Scottish Certificate of Education, 1962
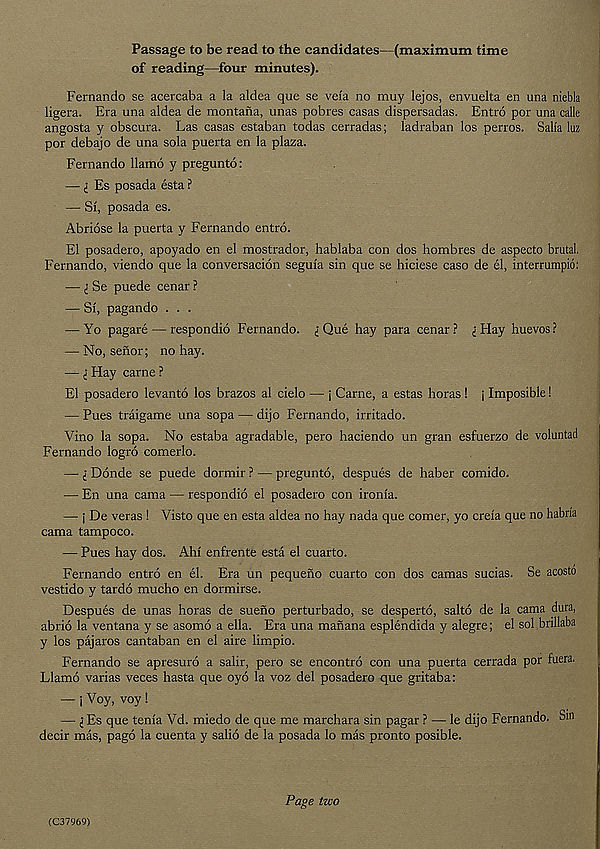
Passage to be read to the candidates—(maximum time
of reading—four minutes).
Fernando se acercaba a la aldea que se vela no muy lejos, envuelta en una niebla
ligera. Era una aldea de montana, unas pobres casas dispersadas. Entro por una calle
angosta y obscura. Las casas estaban todas cerradas; ladraban los perros. Salla luz
por debajo de una sola puerta en la plaza.
Fernando llamo y pregunto:
— Es posada esta ?
— Si, posada es.
Abriose la puerta y Fernando entro.
El posadero, apoyado en el mostrador, hablaba con dos hombres de aspecto brutal.
Fernando, viendo que la conversacion seguia sin que se hiciese caso de el, interrumpio:
— I Se puede cenar ?
— Si, pagando . . .
— Yo pagare — respondio Fernando, l Que hay para cenar? i Flay huevos?
— No, serior; no hay.
— Flay carne ?
El posadero levanto los brazos al cielo — j Carne, a estas horas ! j Imposible!
— Pues traigame una sopa — dijo Fernando, irritado.
Vino la sopa. No estaba agradable, pero haciendo un gran esfuerzo de voluntad
Fernando logro comerlo.
— I Donde se puede dormir ? — pregunto, despues de haber comido.
— En una cama — respondio el posadero con ironia.
— j De veras ! Visto que en esta aldea no hay nada que comer, yo creia que no habna
cama tampoco.
— Pues hay dos. Ahi enfrente esta el cuarto.
Fernando entro en el. Era un pequeno cuarto con dos camas sucias. Se acosto
vestido y tardo mucho en dormirse.
Despues de unas horas de suefio perturbado, se desperto, salto de la cama dura,
abrio la ventana y se asomo a ella. Era una manana esplendida y alegre; el sol brillaba
y los pajaros cantaban en el aire limpio.
Fernando se apresuro a salir, pero se encontro con una puerta cerrada por fuera.
Llamo varias veces hasta que oyo la voz del posadero que gritaba:
— j Voy, voy !
— £ Es que tenia Vd. miedo de que me marchara sin pagar ? — le dijo Fernando. Sin
decir mas, pago la cuenta y salio de la posada lo mas pronto posible.
(C37969)
Page two